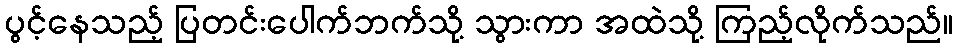
ပွင့်နေသည့် ပြတင်းပေါက်ဘက်သို့ သွားကာ အထဲသို့ ကြည့်လိုက်သည်။